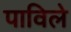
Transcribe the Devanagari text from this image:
पाविले